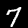
Digit: 7